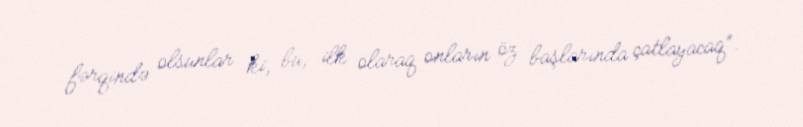
fərqində olsunlar ki, bu, ilk olaraq onların öz başlarında çatlayacaq”.